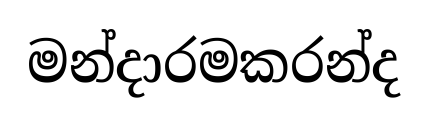
මන්දාරමකරන්ද